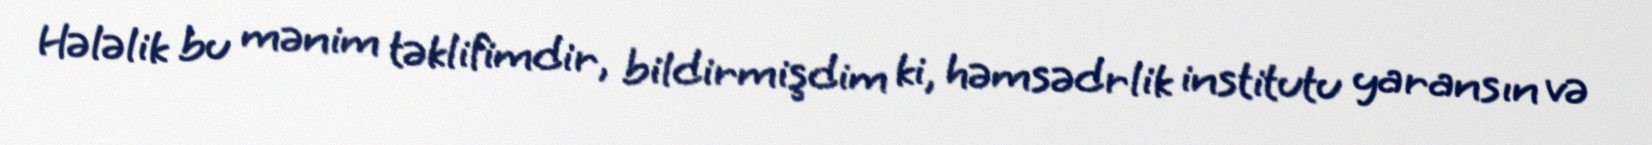
Hələlik bu mənim təklifimdir, bildirmişdim ki, həmsədrlik institutu yaransın və